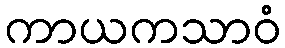
ကာယကသာဝံ